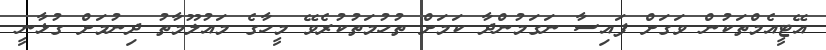
އޭޓީއެމްތަކުން ވަގަށް ފައިސާ ނަގަމުންދާ ކަމަށް ތުހުމަތުކުރެވޭ މީހާގެ މައުލޫމާތު ދިނުމަށް ގުޅާނީ